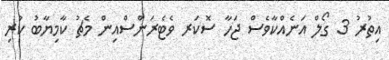
އިތުރު 3 ގޯލް އަނެއްކާވެސް ޖަހާ ސޮކަރ ވެޓެރަންސްއިން މެޗު ކާމިޔާބު ކުރި